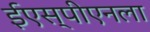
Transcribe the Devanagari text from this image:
ईएस्‌पीएनला